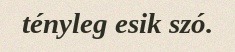
tényleg esik szó.